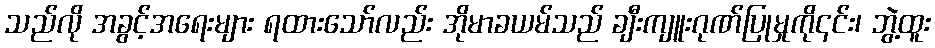
သည်လို အခွင့်အရေးများ ရထားသော်လည်း အိုမာခယမ်သည် ချီးကျူးဂုဏ်ပြုမှုကို၎င်း၊ ဘွဲ့ထူး